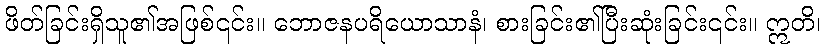
ဖိတ်ခြင်းရှိသူ၏အဖြစ်၎င်း။ ဘောဇနပရိယောသာနံ၊ စားခြင်း၏ပြီးဆုံးခြင်း၎င်း။ ဣတိ၊